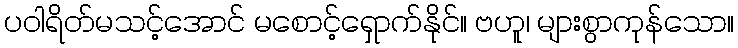
ပဝါရိတ်မသင့်အောင် မစောင့်ရှောက်နိုင်။ ဗဟူ၊ များစွာကုန်သော။